Document type: Fief grant
Year: 1411
Scribe: Arnau de Lledó
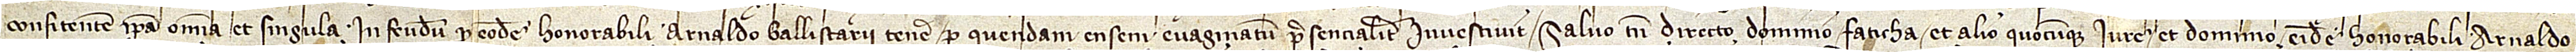
confitentem ipsa omnia et singula in feudum pro eodem honorabili Arnaldo Ballistarii tenere, per quendam ensem evaginatum presencialiter investivit, salvo tamen directo, dominio, faticha et alio quocumque iure et dominio eidem honorabili Arnaldo